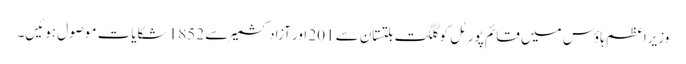
وزیراعظم ہاؤس میں قائم پورٹل کو گلگت بلتستان سے 201 اور آزاد کشمیر سے 1852 شکایات موصول ہوئیں۔